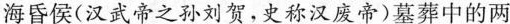
海昏侯(汉武帝之孙刘贺，史称汉废帝)墓葬中的两